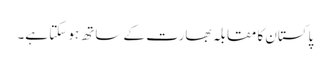
پاکستان کا مقابلہ بھارت کے ساتھ ہو سکتا ہے۔